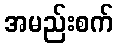
အမည်းစက်